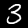
Digit: 3